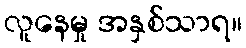
လူနေမှု အနှစ်သာရ။